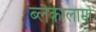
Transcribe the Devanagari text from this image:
ब्लैकग्लामा